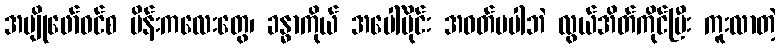
အပျိုဖော်ဝင်စ မိန်းကလေးတွေ၊ ခန္ဓာကိုယ် အပေါ်ပိုင်း အဝတ်မပါဘဲ လွယ်အိတ်ကိုင်ပြီး ကူးလာတဲ့